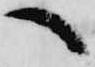
へ